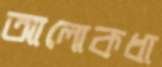
আলোকধা